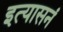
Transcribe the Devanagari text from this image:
इत्यासनं